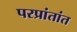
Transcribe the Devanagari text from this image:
परप्रांतांत